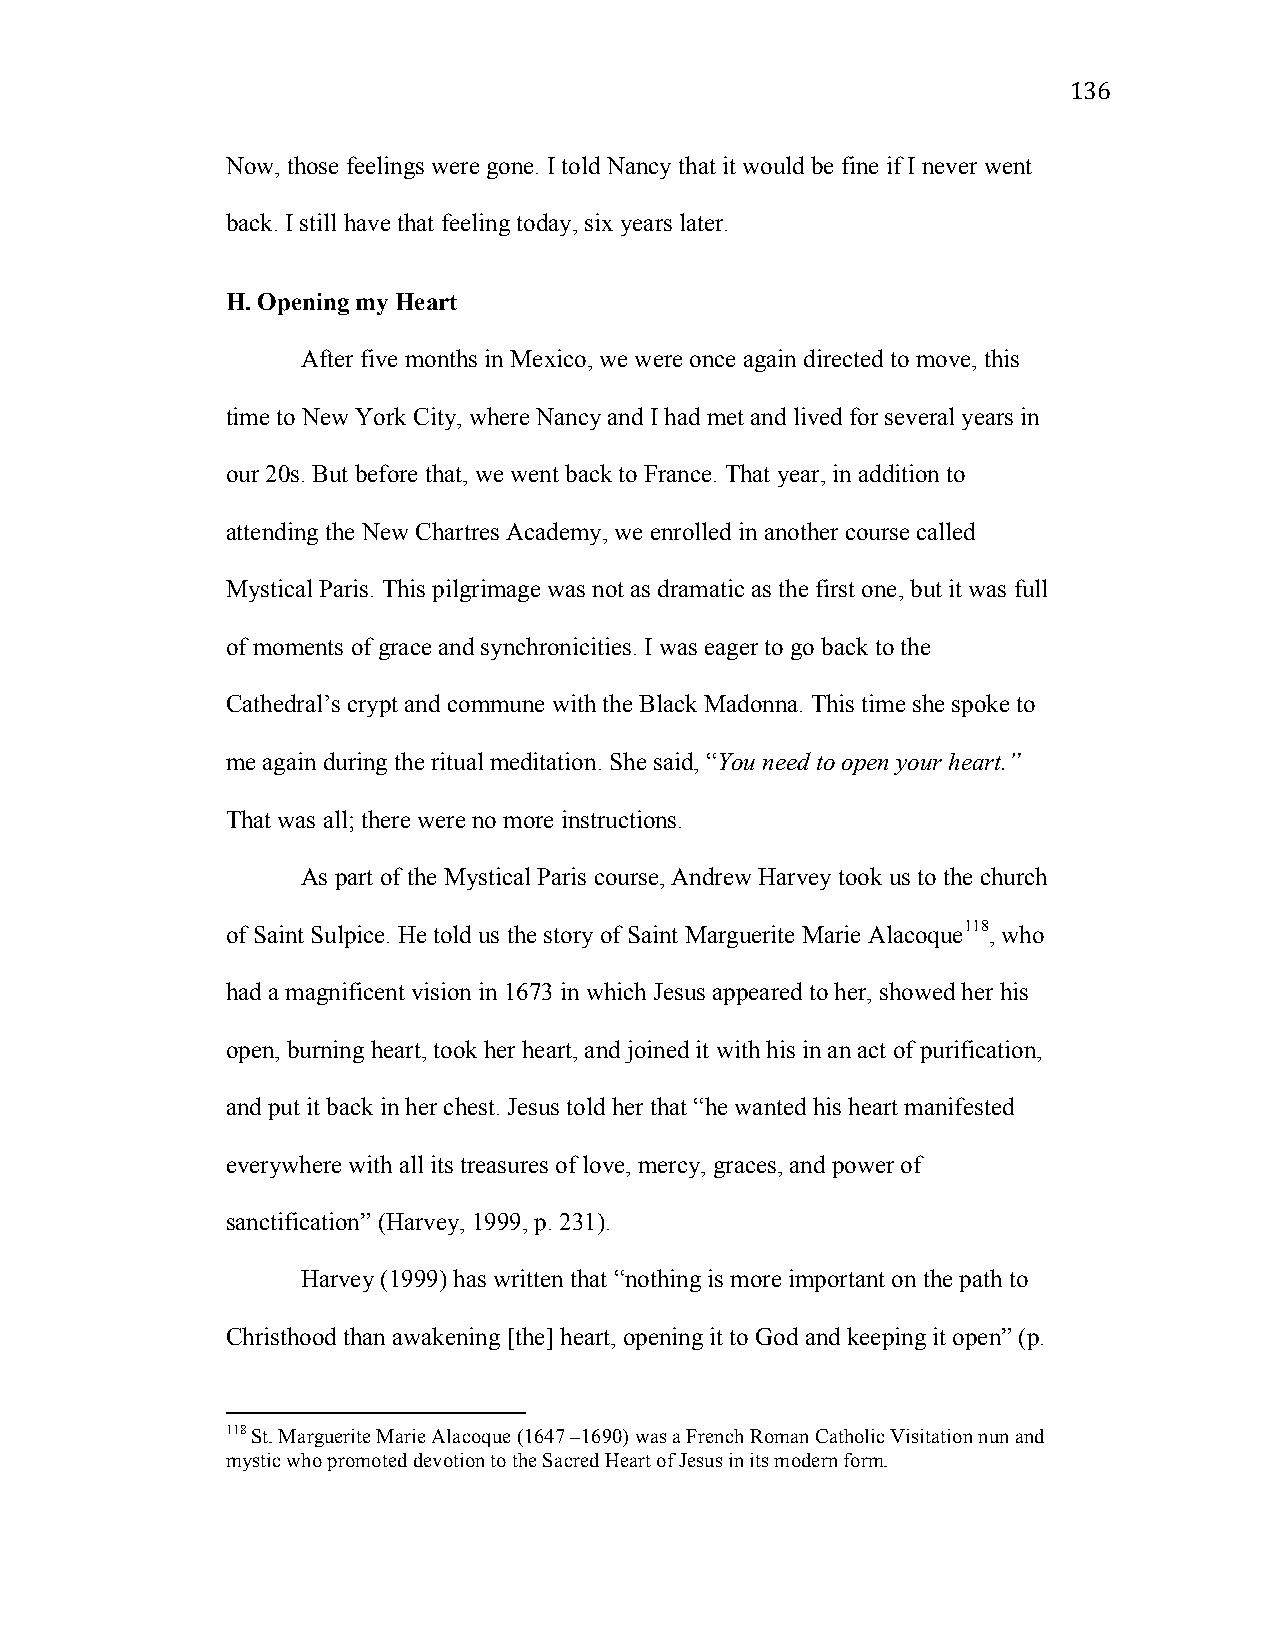
136
 Now, those feelings were gone. I told Nancy that it would be fine if I never went
 back. I still have that feeling today, six years later.
 H. Opening my Heart
 After five months in Mexico, we were once again directed to move, this
 time to New York City, where Nancy and I had met and lived for several years in
 our 20s. But before that, we went back to France. That year, in addition to
 attending the New Chartres Academy, we enrolled in another course called
 Mystical Paris. This pilgrimage was not as dramatic as the first one, but it was full
 of moments of grace and synchronicities. I was eager to go back to the
 Cathedral’s crypt and commune with the Black Madonna. This time she spoke to
 me again during the ritual meditation. She said, “You need to open your heart.”
 That was all; there were no more instructions.
 As part of the Mystical Paris course, Andrew Harvey took us to the church
 of Saint Sulpice. He told us the story of Saint Marguerite Marie Alacoque118, who
 had a magnificent vision in 1673 in which Jesus appeared to her, showed her his
 open, burning heart, took her heart, and joined it with his in an act of purification,
 and put it back in her chest. Jesus told her that “he wanted his heart manifested
 everywhere with all its treasures of love, mercy, graces, and power of
 sanctification” (Harvey, 1999, p. 231).
 Harvey (1999) has written that “nothing is more important on the path to
 Christhood than awakening [the] heart, opening it to God and keeping it open” (p.
 118 St. Marguerite Marie Alacoque (1647 –1690) was a French Roman Catholic Visitation nun and
 mystic who promoted devotion to the Sacred Heart of Jesus in its modern form.